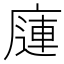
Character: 𰏿